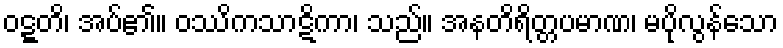
ဝဋ္ဋတိ၊ အပ်၏။ ဝဿိကသာဋိကာ၊ သည်။ အနတိရိတ္တပမာဏ၊ မပိုလွန်သော